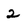
Character: 2